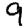
Digit: 9